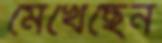
মেখেছেন